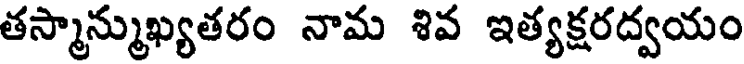
తస్మాన్ముఖ్యతరం నామ శివ ఇత్యక్షరద్వయం